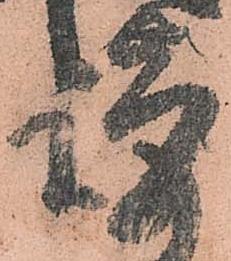
謹